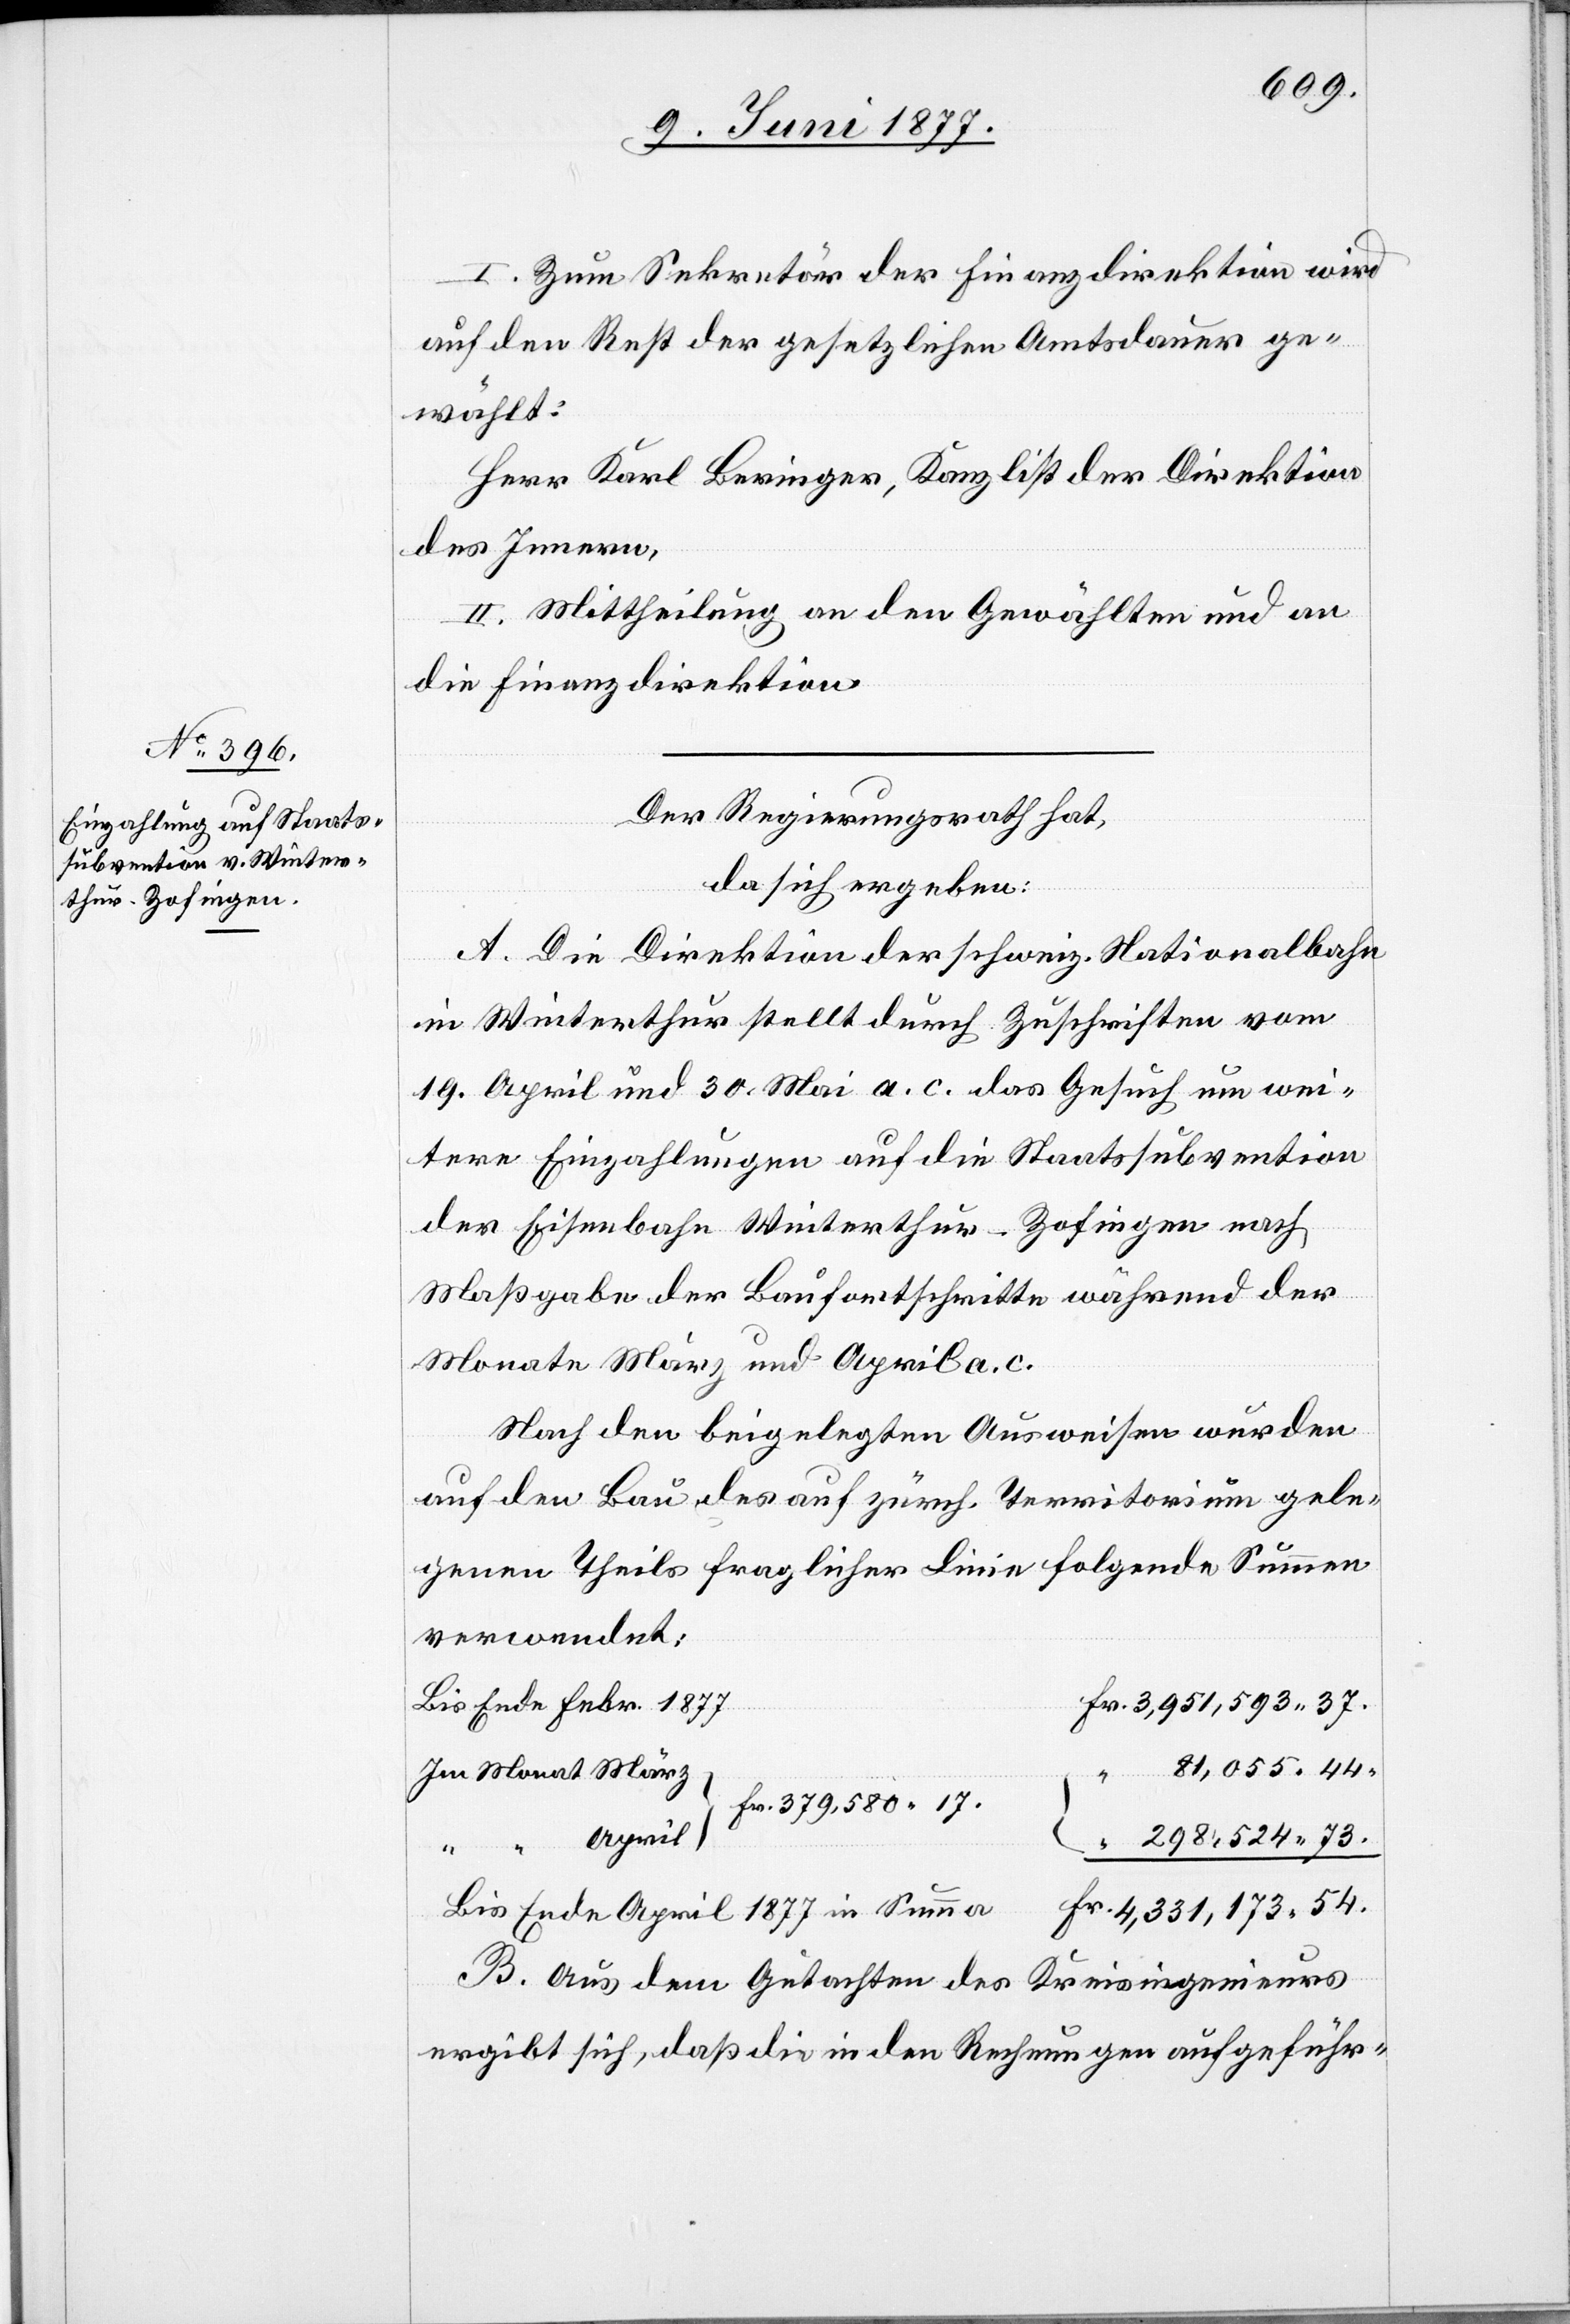
I. Zum Sekretär der Finanzdirektion wird
auf den Rest der gesetzlichen Amtsdauer ge¬
wählt:
Herr Karl Beringer, Kanzlist der Direktion
des Innern,
II. Mittheilung an den Gewählten und an
die Finanzdirektion.
Der Regierungsrath hat,
da sich ergeben:
A. Die Direktion der schweiz. Nationalbahn
in Winterthur stellt durch Zuschriften vom
19. April und 30. Mai a. c. das Gesuch um wei¬
tere Einzahlungen auf die Staatssubvention
der Eisenbahn Winterthur–Zofingen nach
Maßgabe der Baufortschritte während der
Monate März und April a. c.
Nach den beigelegten Ausweisen wurden
auf den Bau des auf zürch. Territorium gele¬
genen Theils fraglicher Linie folgende Summen
verwendet.
Bis Ende Febr. 1877
Im Monat März
April
Bis Ende April 1877 in Summa
B. Aus dem Gutachten des Kreisingenieurs
ergibt sich, daß die in den Rechnungen aufgeführ-